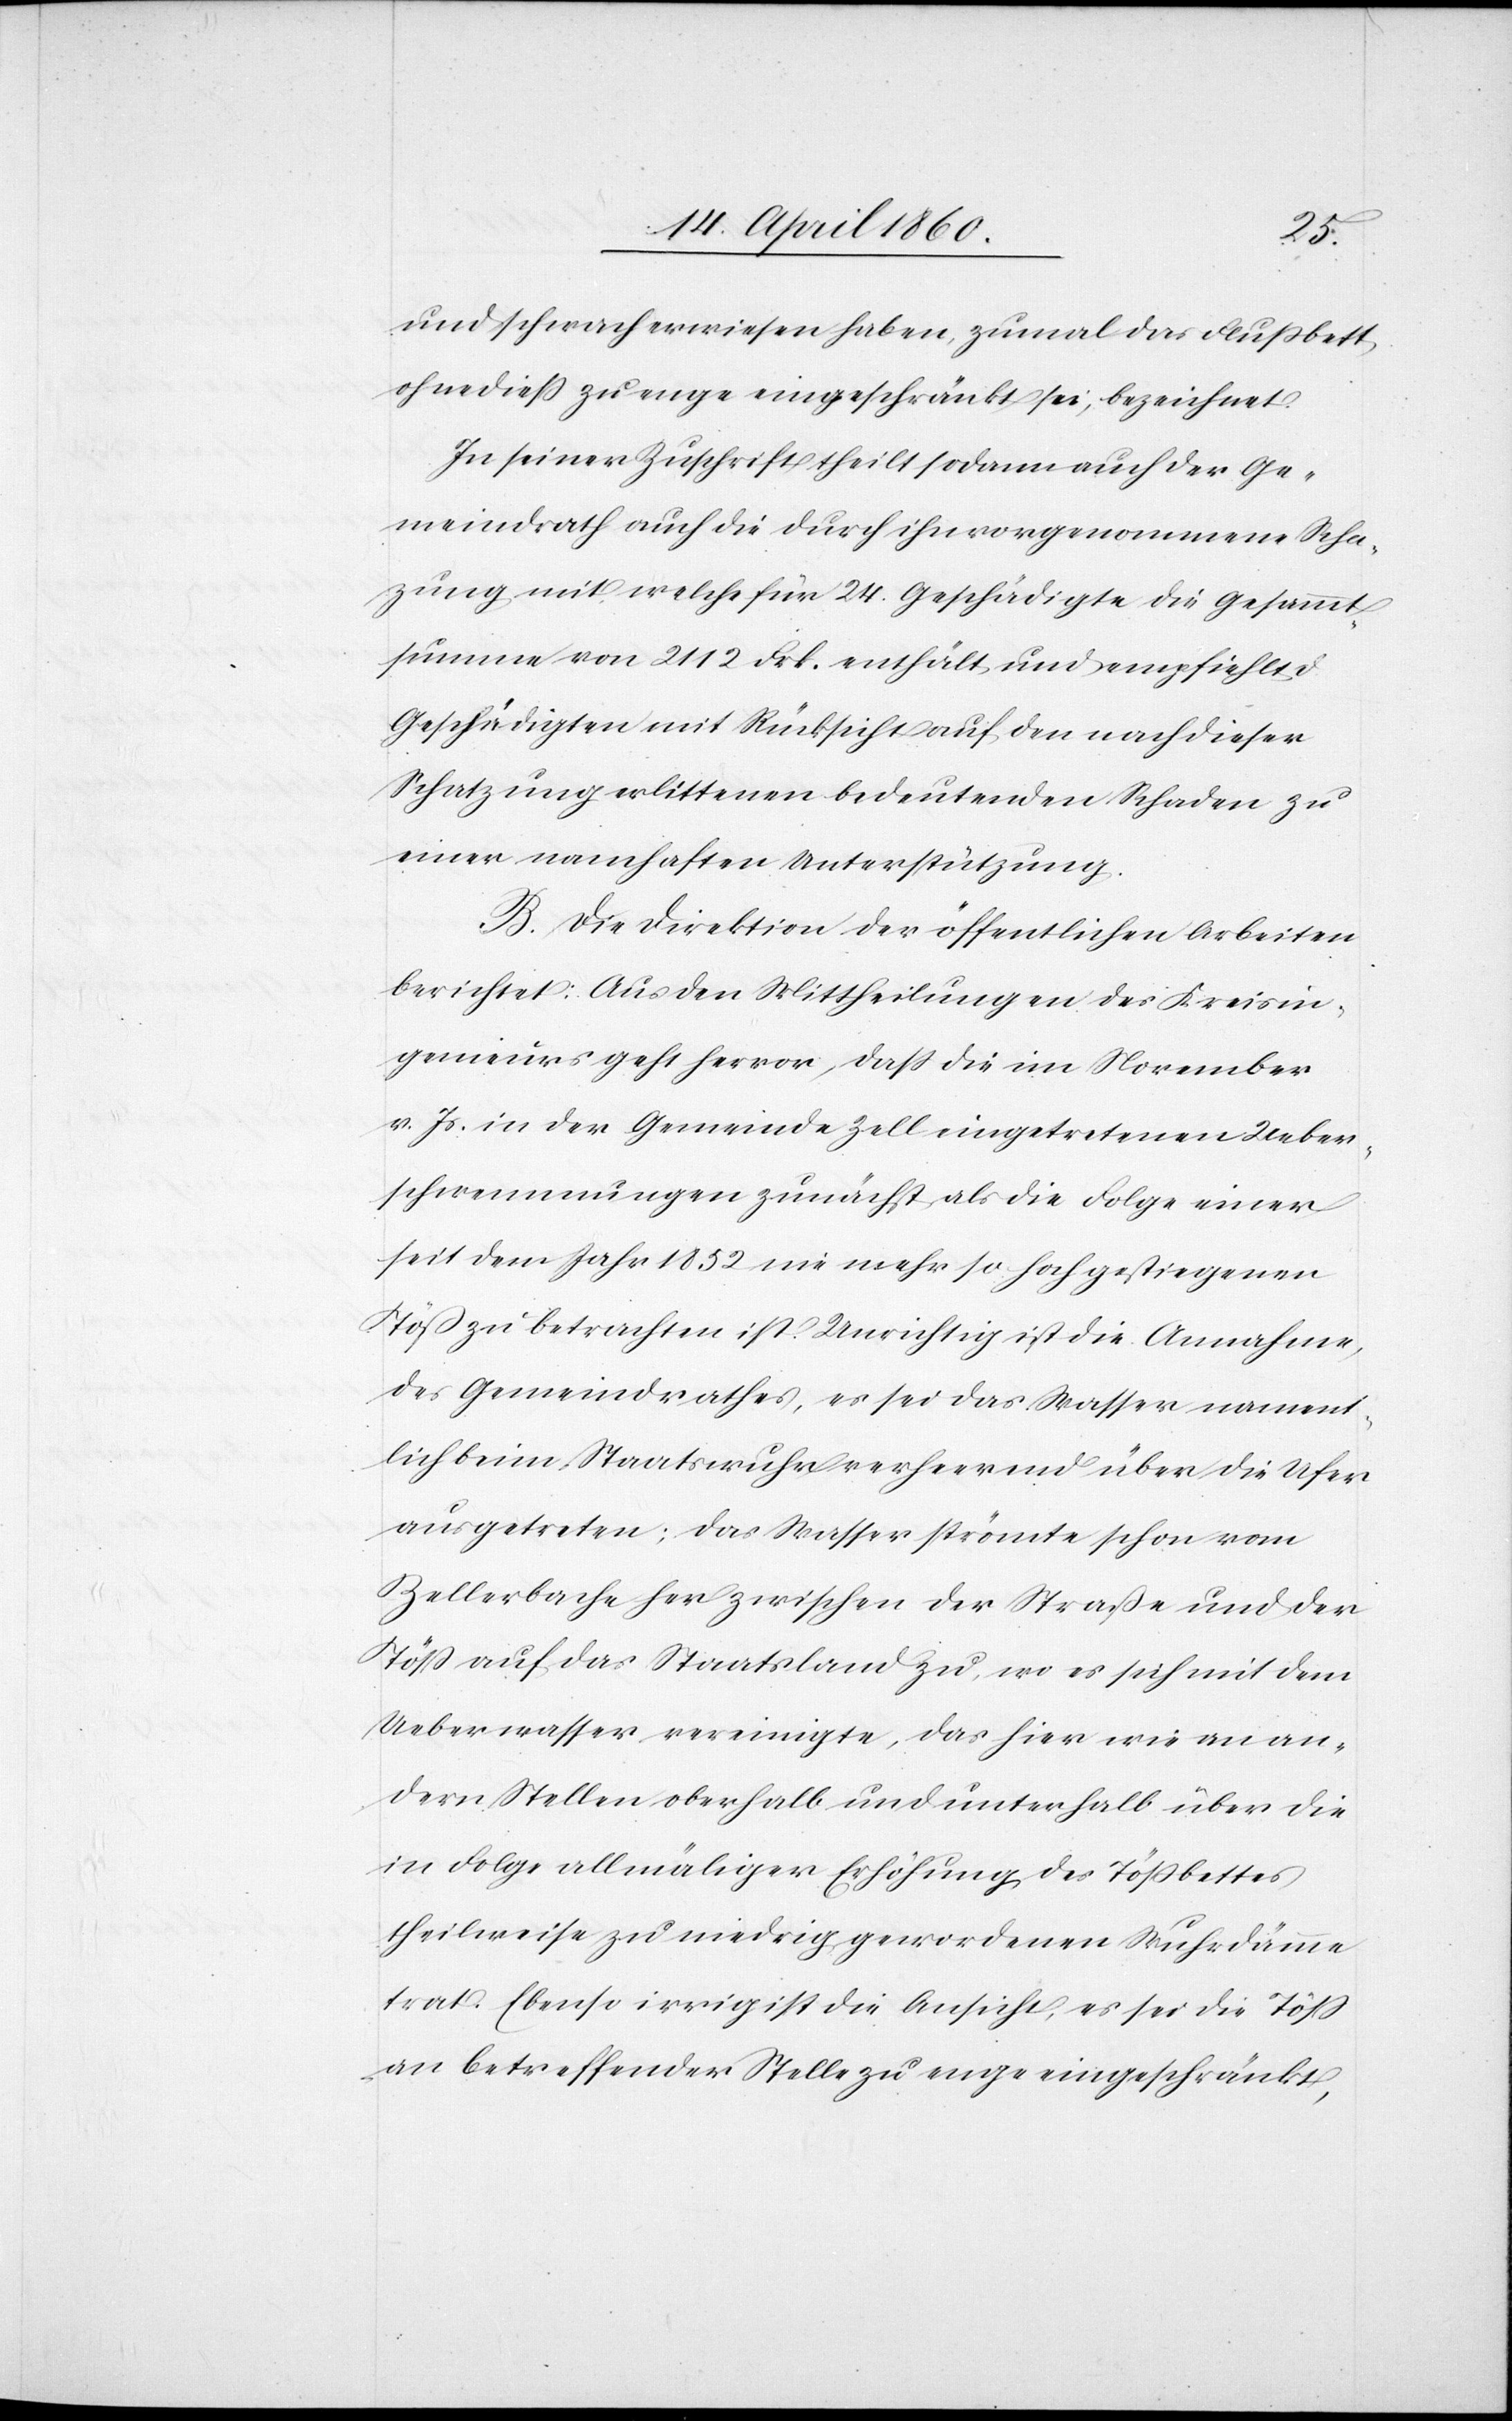
und schwach erwiesen haben, zumal das Flußbett
ohnediess zu enge eingeschränkt sei, bezeichnet.
In seiner Zuschrift theilt sodann auch der Ge¬
meindrath auch die durch ihn vorgenommene Scha¬
zung mit, welche für 24 Geschädigte die Gesammt¬
summe von 2112 Frk. enthält, und empfiehlt d.
Geschädigten mit Rücksicht auf den nach dieser
Schatzung erlittenen bedeutenden Schaden zu
einer namhaften Unterstützung.
B. Die Direktion der öffentlichen Arbeiten
berichtet: Aus den Mittheilungen des Kreisin¬
genieurs geht hervor, dass die im November
v. Js. in der Gemeinde Zell eingetretenen Ueber¬
schwemmungen zunächst als die Folge einer
seit dem Jahr 1852 nie mehr so hoch gestiegenen
Töss zu betrachten ist. Unrichtig ist die Annahme,
des Gemeindrathes, es sei das Wasser nament¬
lich beim Staatswuhr verheerend über die Ufer
ausgetreten; das Wasser strömte schon vom
Zellerbache her zwischen der Strasse und der
Töss auf das Staatsland zu, wo es sich mit dem
Ueberwasser vereinigte, das hier wie an an¬
dern Stellen oberhalb und unterhalb über die
in Folge allmäliger Erhöhung des Tössbettes
theilweise zu niedrig gewordenen Wuhrdämme
trat. Ebenso irrig ist die Ansicht, es sei die Töss
an betreffender Stelle zu enge eingeschränkt,